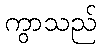
ကွာသည်